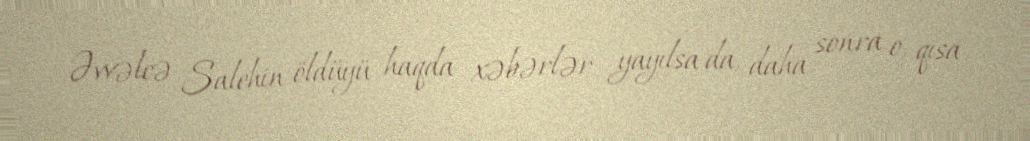
Əvvəlcə Salehin öldüyü haqda xəbərlər yayılsa da, daha sonra o, qısa